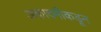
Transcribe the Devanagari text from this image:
अकादमीकडून